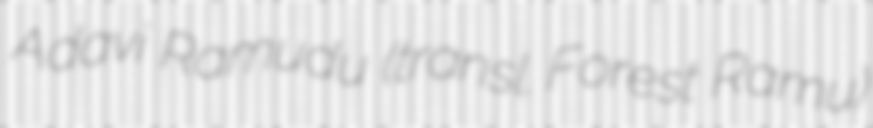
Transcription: Adavi Ramudu (transl. Forest Ramu)